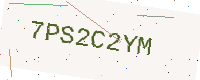
Text: 7PS2C2YM